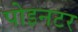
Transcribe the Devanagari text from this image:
पोइनटर